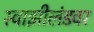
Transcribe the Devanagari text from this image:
स्वाझीलंडवर